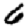
Digit: 6